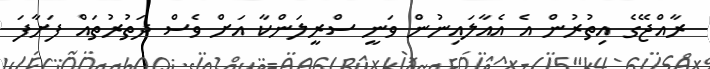
ރާއްޖޭގެ އިތުރުން އެ އެއާލައިނުން ވަނީ ސްރީލަންކާ އަށް ވެސް ދަތުރުތައް ފަށާފަ